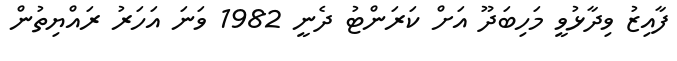
ފާއިޒު ވިދާޅުވީ މަހިބަދޫ އަށް ކަރަންޓު ދެނީ 1982 ވަނަ އަހަރު ރައްޔިތުން